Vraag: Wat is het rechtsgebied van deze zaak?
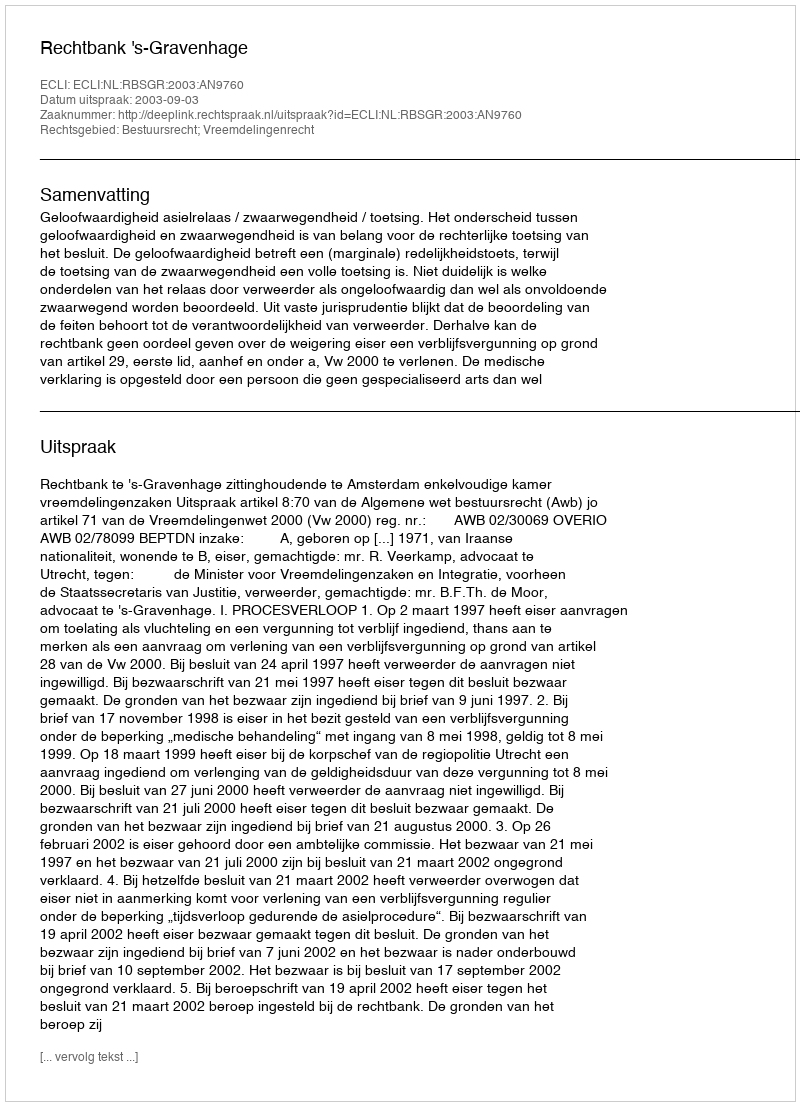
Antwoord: Bestuursrecht; Vreemdelingenrecht